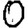
Digit: 0